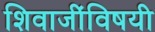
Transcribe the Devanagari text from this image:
शिवाजींविषयी